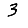
Digit: 3